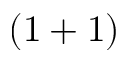
( 1 + 1 )